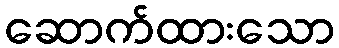
ဆောက်ထားသော